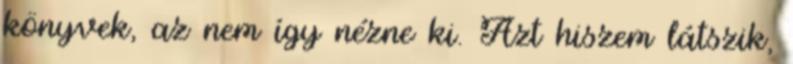
könyvek, az nem így nézne ki. Azt hiszem látszik,